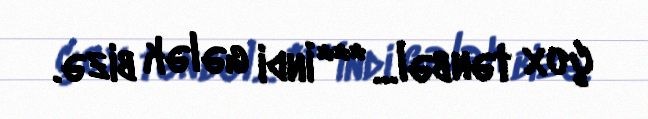
çox tənbəl... *** İndi gələk bizə.